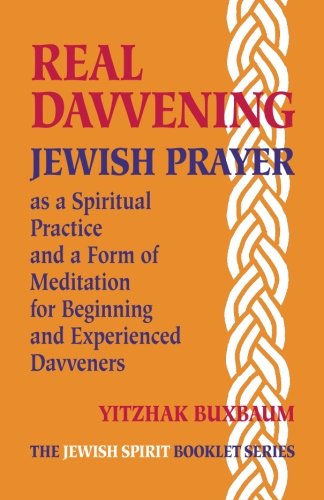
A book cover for Real Davvening: Jewish Prayer as a Spiritual Practice and a Form of Meditation for Beginning and Experienced Davveners; Yitzhak Buxbaum; Religion & Spirituality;